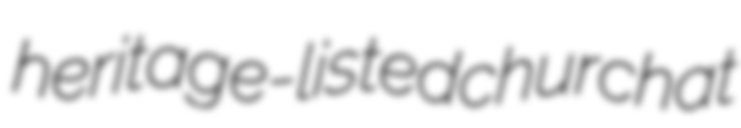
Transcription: heritage-listed church at